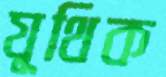
যূথিক